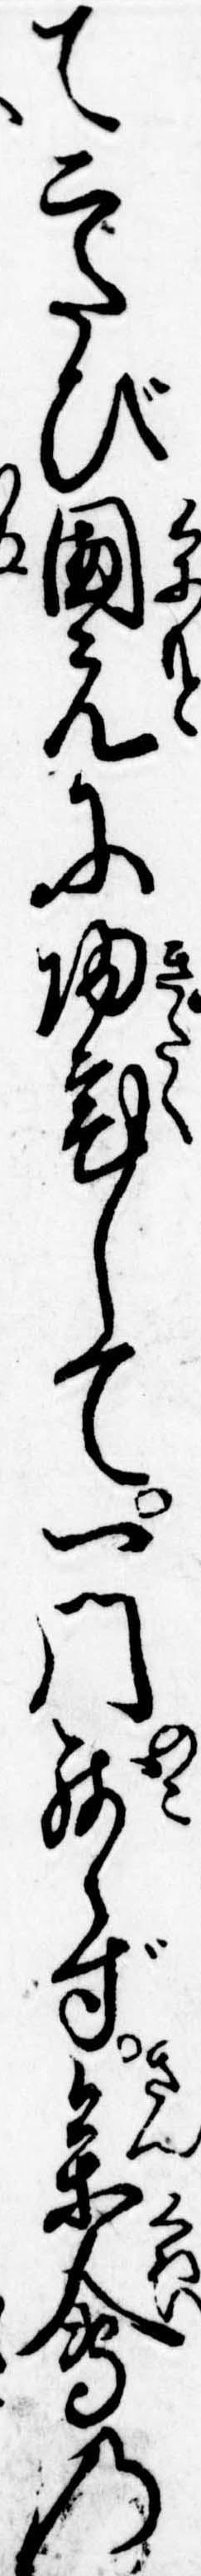
て二たび国元に帰宅して一門残らず参会の